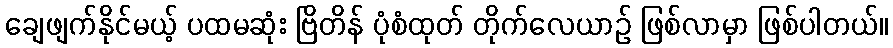
ချေဖျက်နိုင်မယ့် ပထမဆုံး ဗြိတိန် ပုံစံထုတ် တိုက်လေယာဉ် ဖြစ်လာမှာ ဖြစ်ပါတယ်။